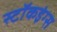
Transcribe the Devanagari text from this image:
स्टॉकइंग्स